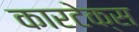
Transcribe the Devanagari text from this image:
कारटेक्स